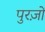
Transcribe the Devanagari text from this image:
पुरज़ों